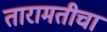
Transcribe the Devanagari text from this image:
तारामतीचा